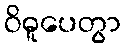
ဝိဓူပေတွာ